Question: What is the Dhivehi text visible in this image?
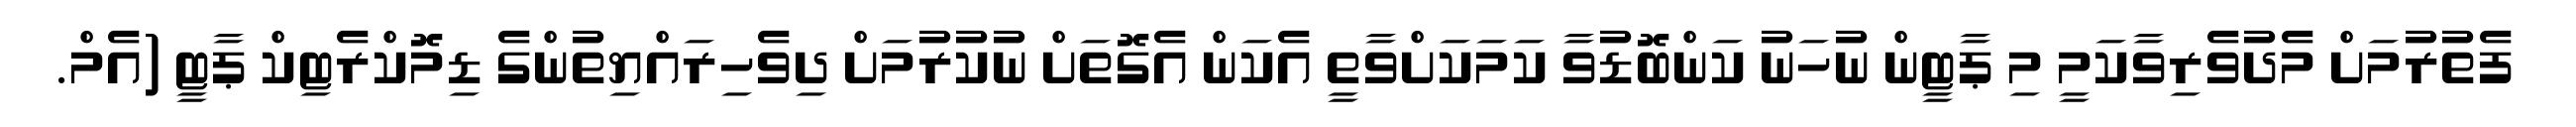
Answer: ފެތުރުމަށް މެދުވެރިވާކަމީ މި ޕާޓީން ނުހަނު ކަންބޮޑުވާ ކަމަކަށްވާތީ އެކަން އެގޮތަށް ނުކުރުމަށް ދިވެހިރައްޔިތުންގެ ޑިމޮކްރެޓިކް ޕާޓީ (އެމް.